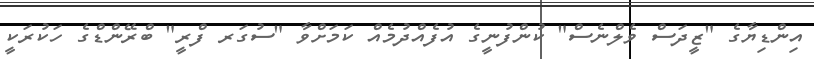
އިންޑިޔާގެ "ޒީދަސް ވެލްނެސް" ކުންފުނީގެ އުފެއްދުމެއް ކަމަށްވާ "ސުގަރ ފްރީ" ބްރޭންޑްގެ ހަކުރަކީ